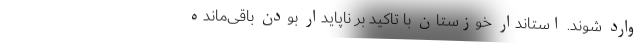
وارد شوند. استاندار خوزستان با تاکید بر ناپایدار بودن باقی‌مانده